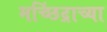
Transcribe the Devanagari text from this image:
मच्छिंद्राच्या